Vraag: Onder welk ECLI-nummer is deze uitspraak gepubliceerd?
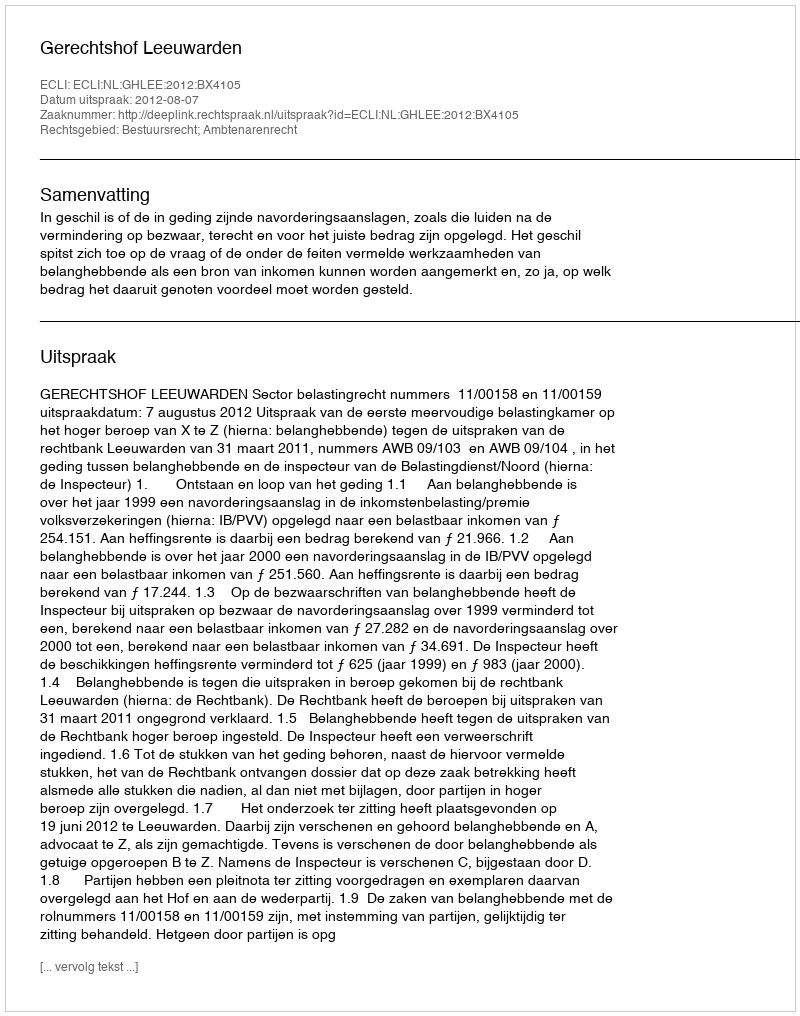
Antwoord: ECLI:NL:GHLEE:2012:BX4105